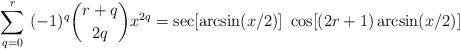
\begin{align*}\sum_{q = 0}^{r} \ (-1)^{q} {r+q \choose 2q} x^{2q} = \sec [\arcsin (x/2)] \ \cos [(2 r + 1) \arcsin (x/2)]\end{align*}